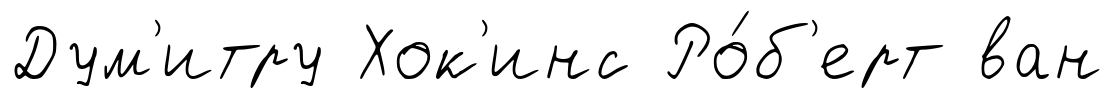
Дум'итру Хок'инс Ро́б'ерт ван